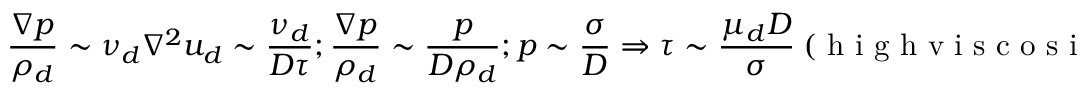
\frac { \nabla p } { \rho _ { d } } \sim \nu _ { d } \nabla ^ { 2 } u _ { d } \sim \frac { \nu _ { d } } { D \tau } ; \frac { \nabla p } { \rho _ { d } } \sim \frac { p } { D \rho _ { d } } ; p \sim \frac { \sigma } { D } \Rightarrow \tau \sim \frac { \mu _ { d } D } { \sigma } ~ ( \textrm { h i g h v i s c o s i t y , l o w s p e e d } )